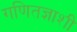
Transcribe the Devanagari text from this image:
गणितज्ञाशी